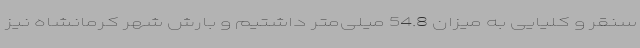
سنقر و کلیایی به میزان 54.8 میلی‌متر داشتیم و بارش شهر کرمانشاه نیز